Leaving Certificate Examination (including Day School Certificate (Higher) General paper), 1928
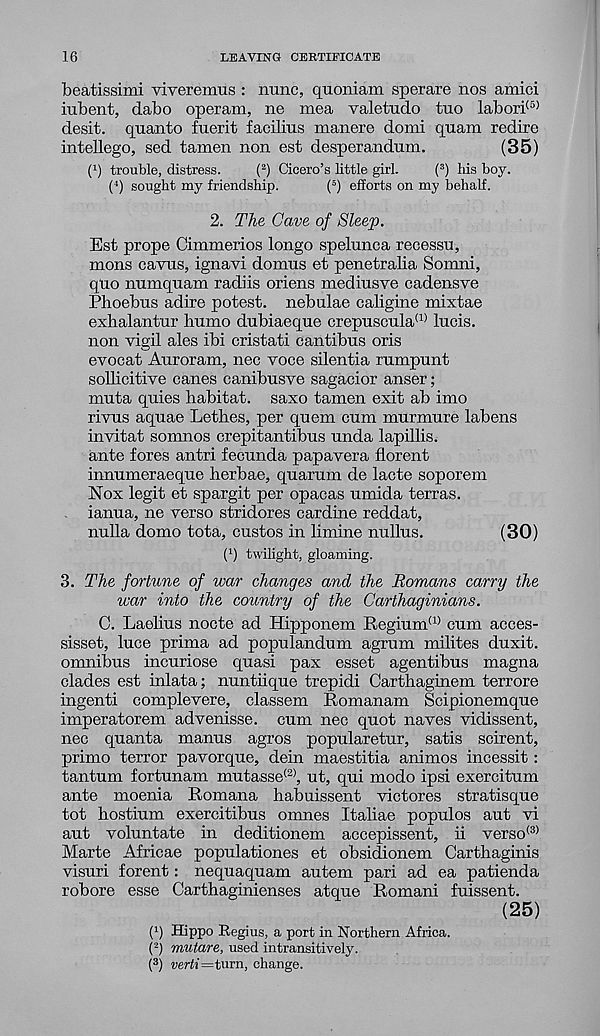
16
LEAVING CERTIFICATE
beatissimi viveremus : nunc, quoniam sperare nos amici
iubent, dabo operam, ne mea valetudo tuo labori (5)
desit. quanto fuerit facilius manere domi quam redire
intellego, sed tamen non est desperandum.
(35)
( x ) trouble, distress.
( 2 ) Cicero’s little girl.
( 3 ) his boy.
( 4 ) sought my friendship.
( 5 ) efforts on my behalf.
2. The Gave of Sleep.
Est props Cimmerios longo spelunca recessu,
mons cavus, ignavi domus et penetralia Somni,
quo numquam radiis oriens mediusve cadensve
Phoebus adire potest, nebulae caligine mixtae
exhalantur humo dubiaeque crepuscula (1) lucis.
non vigil ales ibi cristati cantibus oris
evocat Auroram, nec voce silentia rumpunt
sollicitive canes canibusve sagacior anser;
muta quies habitat, saxo tamen exit ab imo
rivus aquae Lethes, per quern cum murmure labens
invitat somnos crepitantibus unda lapillis.
ante fores antri fecunda papavera florent
innumeraeque herbae, quarum de lacte soporem
Nox legit et spargit per opacas umida terras,
ianua, ne verso stridores cardine reddat,
nulla domo tota, custos in limine nullus.
(30)
P) twilight, gloaming.
3. The fortune of war changes and the Romans carry the
war into the country of the Carthaginians.
C. Laelius nocte ad Hipponem Regium (1) cum acces-
sisset, luce prima ad populandum agrum milites duxit.
omnibus incuriose quasi pax esset agentibus magna
clades est inlata; nuntiique trepidi Carthaginem terrors
ingenti complevere, classem Romanam Scipionemque
imperatorem advenisse. cum nec quot naves vidissent,
nec quanta manus agros popularetur, satis scirent,
primo terror pavorque, dein maestitia animos incessit :
tantum fortunam mutasse (2> , ut, qui modo ipsi exercitum
ante moenia Romana habuissent victores stratisque
tot hostium exercitibus omnes Italiae populos aut vi
aut voluntate in deditionem accepissent, ii verso (3)
Marte Africae populationes et obsidionem Carthaginis
visuri forent: nequaquam autem pari ad ea patienda
robore esse Carthaginienses atque Romani fuissent.
(25)
(q Hippo Regius, a port in Northern Africa.
( 2 ) mutare, used intransitively.
( 3 ) werfj=turn, change.